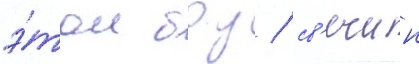
э́том боу / св'ечин